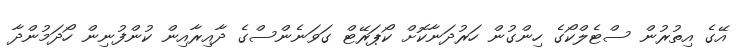
އޭގެ އިތުރުން ސްޓެލްކޯގެ ހިންގުން ހަރުދަނާކޮށް ކޯޕަރޭޓް ގަވަނެންސްގެ ދާއިރާއިން ކުންފުނިން ހޯދަމުންދާ